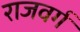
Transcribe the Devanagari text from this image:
राजवर्ग